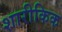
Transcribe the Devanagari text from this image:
शारीकिक